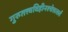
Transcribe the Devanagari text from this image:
गुरुतत्त्वविहीनश्चेत्तत्सर्वं